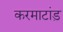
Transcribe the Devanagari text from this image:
करमाटांड़